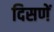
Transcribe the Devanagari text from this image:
दिसणें